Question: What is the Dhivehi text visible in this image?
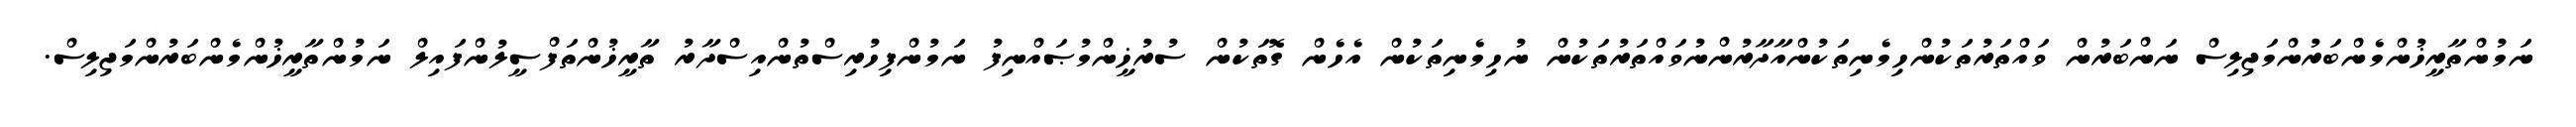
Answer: ނަމުންތާރީޚުންމެންބަރުންމަޖިލިސް ނަންބަރުން ވައްތަރުތަކުންހިމެނިތަކުންއާދާރުންނުވައްތަރުތަކުން ނުހިމެނިތަކުން އެހެން ގޮތަކުން ސުރުޚީންމުޞައްނިފު ނަމުންފިހުރިސްތުންއިސްދާރު ތާރީޚުންތަފްސީލުންފައިލް ނަމުންތާރީޚުންމެންބަރުންމަޖިލިސް.